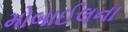
મોબાઈલના